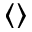
\langle \rangle